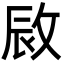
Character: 敐